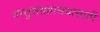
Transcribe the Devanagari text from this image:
वस्तुसंग्रहालयासाठी